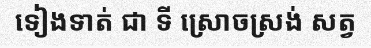
ទៀងទាត់ ជា ទី ស្រោចស្រង់ សត្វ